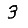
Digit: 3